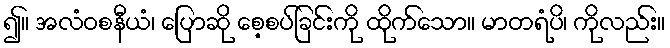
၍။ အလံဝစနီယံ၊ ပြောဆို စေ့စပ်ခြင်းကို ထိုက်သော။ မာတရံပိ၊ ကိုလည်း။